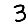
Digit: 3